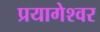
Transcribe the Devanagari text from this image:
प्रयागेश्वर